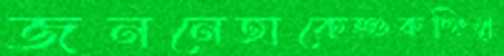
জননেতাকেশুকচ্ছিলু